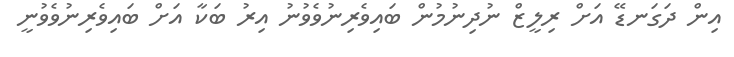
އިން ދަގަނޑޭ އަށް ރިލީޒް ނުދިނުމުން ބައިވެރިނުވެވުނު އިރު ބަކާ އަށް ބައިވެރިނުވެވުނީ